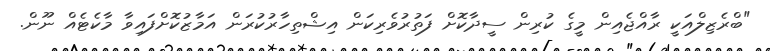
"ބްރެޒިލްއަކީ ރާއްޖެއިން މީގެ ކުރިން ސީދާކޮށް ފަތުރުވެރިކަން އިޝްތިހާރުކުރަން އަމާޒުކޮށްފައިވާ މާކެޓެއް ނޫން.